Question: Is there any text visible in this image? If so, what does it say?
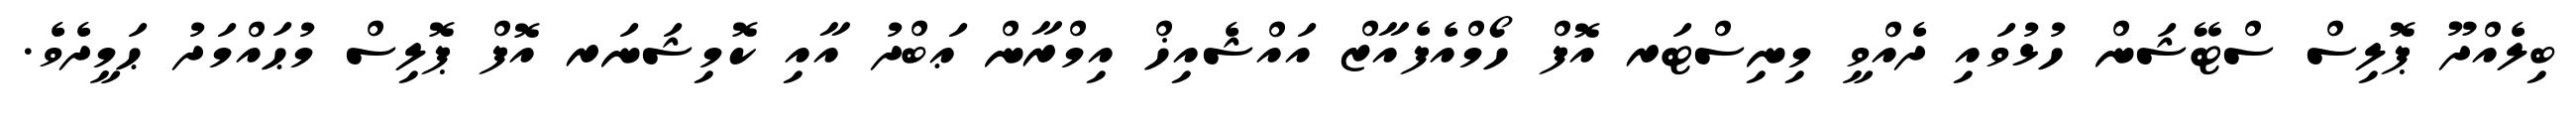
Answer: ބިލެއްދޫ ޕޮލިސް ސްޓޭޝަން ހުޅުވައި ދެއްވީ މިނިސްޓަރ އޮފް ހޯމްއެފެއާޒް އައްޝެއިޚް އިމްރާން ޢަބްދު އާއި ކޮމިޝަނަރ އޮފް ޕޮލިސް މުޙައްމަދު ޙަމީދެވެ.